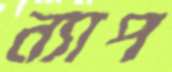
ন্যাপ